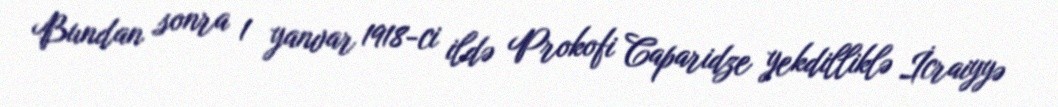
Bundan sonra 1 yanvar 1918-ci ildə Prokofi Caparidze yekdilliklə İcraiyyə